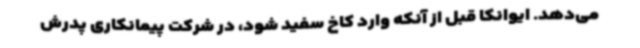
می‌دهد. ایوانکا قبل از آنکه وارد کاخ سفید شود، در شرکت پیمانکاری پدرش